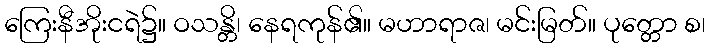
ကြေးနီအိုးငရဲ၌။ ဝသန္တိ၊ နေရကုန်၏။ မဟာရာဇ၊ မင်းမြတ်။ ပုတ္တော စ၊